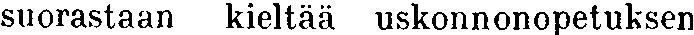
suorastaan kieltää uskonnonopetuksen